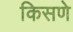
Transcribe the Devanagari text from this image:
किसणे